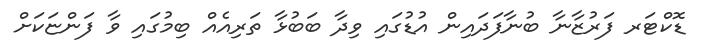
ޑޮކްޓަރ ފަރުޒާނާ ބުނާފަދައިން އުޑުގައި ވިދާ ބަބުޅާ ތަރިއެއް ބިމުގައި ވާ ފަންޏަކަށް